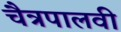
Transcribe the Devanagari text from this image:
चैत्रपालवी